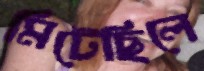
মিটেছিলে